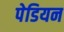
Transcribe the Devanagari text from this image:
पेडियन